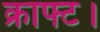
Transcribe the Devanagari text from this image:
क्राफ्ट।